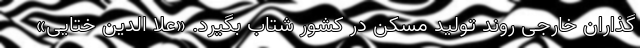
گذاران خارجی روند تولید مسکن در کشور شتاب بگیرد. «علا الدین ختایی»